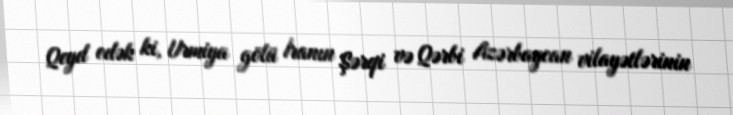
Qeyd edək ki, Urmiya gölü İranın Şərqi və Qərbi Azərbaycan vilayətlərinin